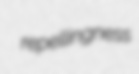
repellingness